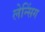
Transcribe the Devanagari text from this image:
लेन्सिंग